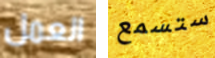
العمل ستسمع